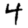
Digit: 4